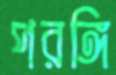
পরঙ্গি